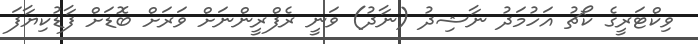
ވިކްޓަރީގެ ކޯޗު އަހުމަދު ނާޝިދު (ނާދު) ވަނީ ރެފްރީންނަށް ވަރަށް ބޮޑަށް ފާޑުކިޔާފަ